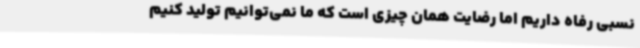
نسبی رفاه داریم اما رضایت همان چیزی است که ما نمی‌توانیم تولید کنیم